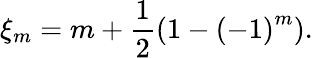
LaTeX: \xi_{m}=m+\frac{1}{2}\left(1-\left(-1\right)^{m}\right).